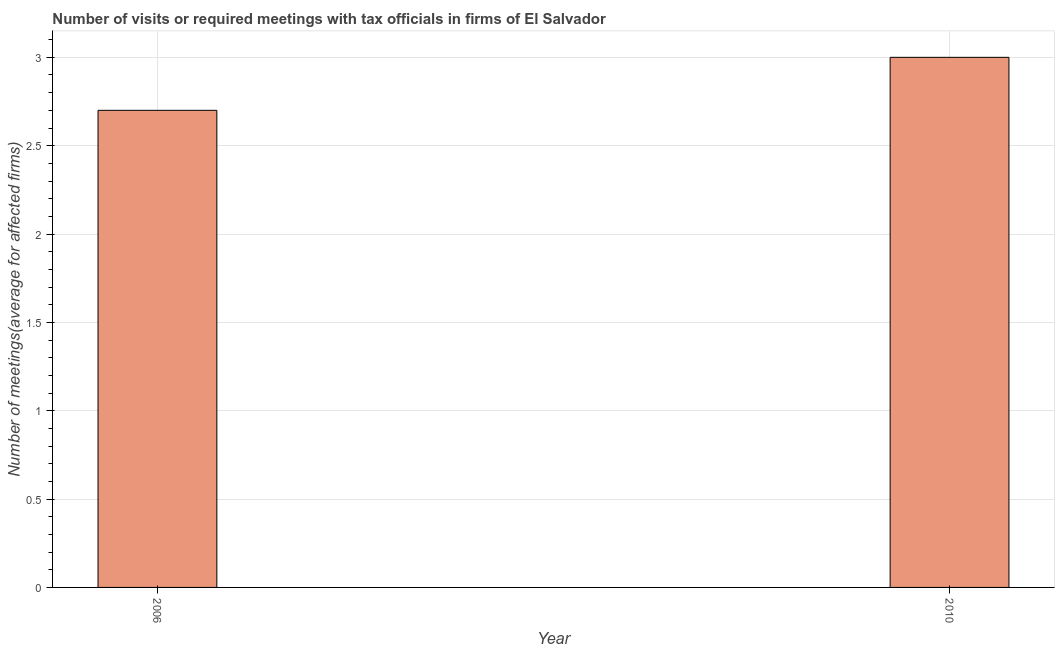
| Year | Meetings with tax officials |
 | --- | --- |
 | 2006 | 2.7 |
 | 2010 | 3 |